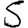
Digit: 5